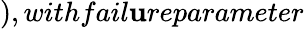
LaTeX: ),withfail\mathbf{u}reparameter